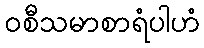
ဝစီသမာစာရံပါဟံ